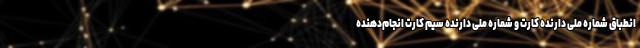
انطباق شماره ملی دارنده کارت و شماره ملی دارنده سیم کارت انجام‌دهنده